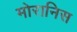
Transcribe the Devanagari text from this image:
मोरानिस